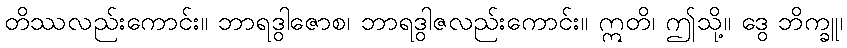
တိဿလည်းကောင်း။ ဘာရဒွါဇောစ၊ ဘာရဒွါဇလည်းကောင်း။ ဣတိ၊ ဤသို့။ ဒွေ ဘိက္ခူ၊